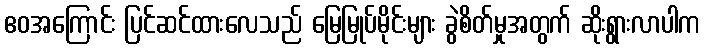
ဧဝအကြောင်း ပြင်ဆင်ထားလေသည် မြေမြုပ်မိုင်းများ ခွဲစိတ်မှုအတွက် ဆိုးရွားလာပါက